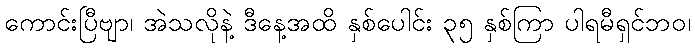
ကောင်းပြီဗျာ၊ အဲသလိုနဲ့ ဒီနေ့အထိ နှစ်ပေါင်း ၃၅ နှစ်ကြာ ပါရမီရှင်ဘဝ၊